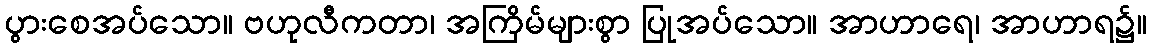
ပွားစေအပ်သော။ ဗဟုလီကတာ၊ အကြိမ်များစွာ ပြုအပ်သော။ အာဟာရေ၊ အာဟာရ၌။